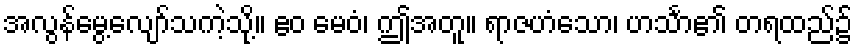
အလွန်မွေ့လျော်သကဲ့သို့။ ဧဝ မေဝံ၊ ဤအတူ။ ရာဇဟံသော၊ ဟင်္သာ၏ တရထည်၌